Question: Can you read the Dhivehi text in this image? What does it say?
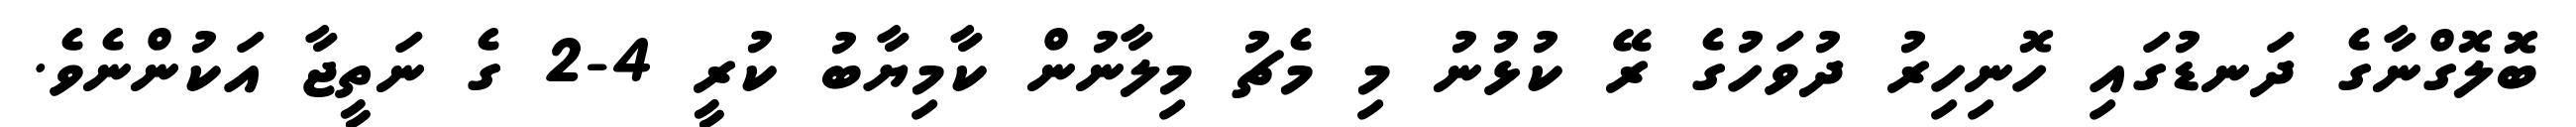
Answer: ބޮލޮގްނާގެ ދަނޑުގައި ހޮނިހިރު ދުވަހުގެ ރޭ ކުޅުނު މި މެޗު މިލާނުން ކާމިޔާބު ކުރީ 4-2 ގެ ނަތީޖާ އަކުންނެވެ.